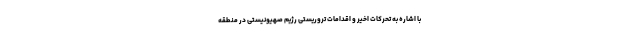
با اشاره به تحرکات اخیر و اقدامات تروریستی رژیم صهیونیستی در منطقه